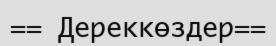
== Дереккөздер==